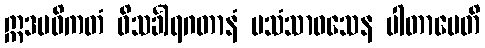
ဣဒမဓိကတံ ဝိသင်္ခါရဂတာနံ ပသံသာဝသေန ပါတာပေတိ